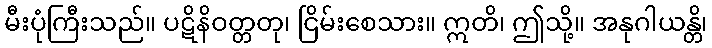
မီးပုံကြီးသည်။ ပဋိနိဝတ္တတု၊ ငြိမ်းစေသား။ ဣတိ၊ ဤသို့။ အနုဂါယန္တိ၊